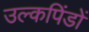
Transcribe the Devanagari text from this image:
उल्कपिंडों